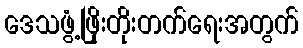
ဒေသဖွံ့ဖြိုးတိုးတက်ရေးအတွက်